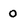
Character: 0